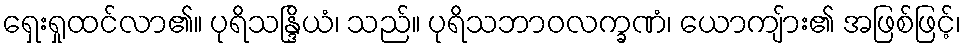
ရှေးရှုထင်လာ၏။ ပုရိသန္ဒြိယံ၊ သည်။ ပုရိသဘာဝလက္ခဏံ၊ ယောကျ်ား၏ အဖြစ်ဖြင့်၊